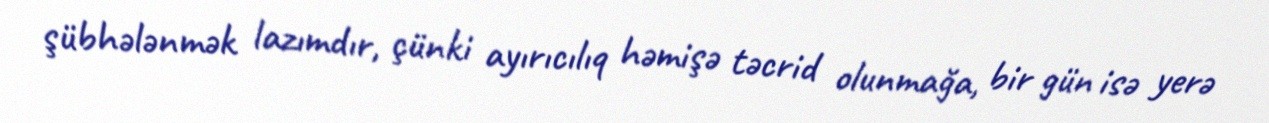
şübhələnmək lazımdır, çünki ayırıcılıq həmişə təcrid olunmağa, bir gün isə yerə